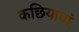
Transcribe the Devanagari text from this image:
कछियावां